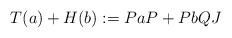
\begin{align*} T(a)+H(b):= PaP + PbQJ\end{align*}